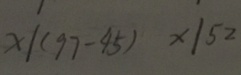
x \vert ( 9 7 - 4 5 ) x \vert 5 2